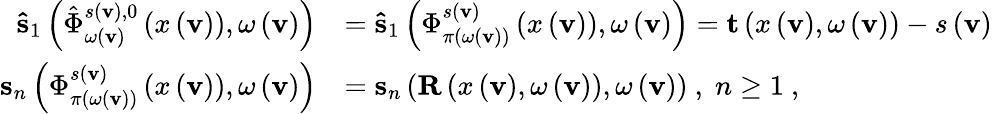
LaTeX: \begin{array}{rl}{\mathbf{\hat{s}}_{1}\left(\hat{\Phi}_{\omega\left(\mathbf{v}\right)}^{s\left(\mathbf{v}\right),0}\left(x\left(\mathbf{v}\right)\right),\omega\left(\mathbf{v}\right)\right)}&{=\mathbf{\hat{s}}_{1}\left(\Phi_{\pi\left(\omega\left(\mathbf{v}\right)\right)}^{s\left(\mathbf{v}\right)}\left(x\left(\mathbf{v}\right)\right),\omega\left(\mathbf{v}\right)\right)=\mathbf{t}\left(x\left(\mathbf{v}\right),\omega\left(\mathbf{v}\right)\right)-s\left(\mathbf{v}\right)}\\ {\mathbf{s}_{n}\left(\Phi_{\pi\left(\omega\left(\mathbf{v}\right)\right)}^{s\left(\mathbf{v}\right)}\left(x\left(\mathbf{v}\right)\right),\omega\left(\mathbf{v}\right)\right)}&{=\mathbf{s}_{n}\left(\mathbf{R}\left(x\left(\mathbf{v}\right),\omega\left(\mathbf{v}\right)\right),\omega\left(\mathbf{v}\right)\right)\ ,\; n\geq 1\ ,}\end{array}